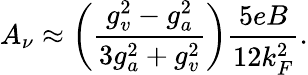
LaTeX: A_{\nu}\approx\left({\frac{g_{v}^{2}-g_{a}^{2}}{3g_{a}^{2}+g_{v}^{2}}}\right){\frac{5eB}{12k_{F}^{2}}}.